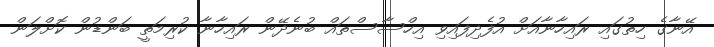
އޭނާގެ ހިތުގައި ރައިހާނާއަށް އުފެދިފައިވި އިހްސާސްތައް ބުނެދޭން ރައިހާނާ ކުރިމަތީ ބަންޑުން ކޮށްލަން